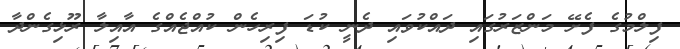
ފިލްމުގެ ފެށޭ މަންޒަރުގައި ދައްކުވައި ދެނީ ކުޑަ ފިރިހެން ކުއްޖެއްގެ އާއިލާ ރޫޅިގެންދާ